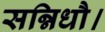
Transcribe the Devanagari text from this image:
सन्निधौ।